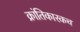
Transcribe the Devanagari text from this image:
क्रांतिकारकच